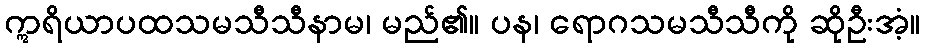
ဣရိယာပထသမသီသီနာမ၊ မည်၏။ ပန၊ ရောဂသမသီသီကို ဆိုဦးအံ့။